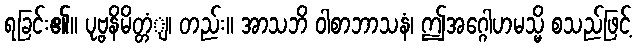
ရခြင်း၏။ ပုဗ္ဗနိမိတ္တံျ၊ တည်း။ အာသဘိ ဝါစာဘာသနံ၊ ဤအဂ္ဂေါဟမသ္မိ စသည်ဖြင့်